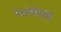
પડનારા